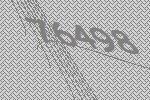
76498